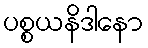
ပစ္စယနိဒါနော